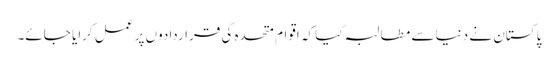
پاکستان نے دنیا سے مطالبہ کیا کہ اقوام متحدہ کی قراردادوں پر عمل کرایا جائے۔